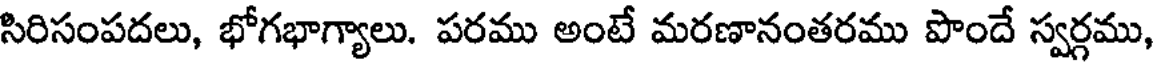
సిరిసంపదలు, భోగభాగ్యాలు. పరము అంటే మరణానంతరము పొందే స్వర్గము,